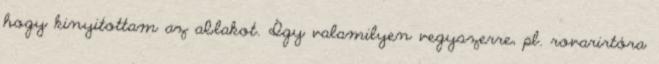
hogy kinyitottam az ablakot. Így valamilyen vegyszerre, pl. rovarirtóra